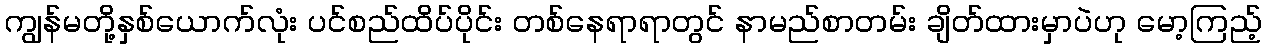
ကျွန်မတို့နှစ်ယောက်လုံး ပင်စည်ထိပ်ပိုင်း တစ်နေရာရာတွင် နာမည်စာတမ်း ချိတ်ထားမှာပဲဟု မော့ကြည့်